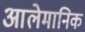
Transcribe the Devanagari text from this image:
आलेमानिक